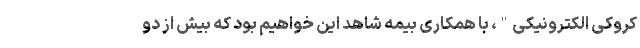
کروکی الکترونیکی"، با همکاری بیمه شاهد این خواهیم بود که بیش از دو